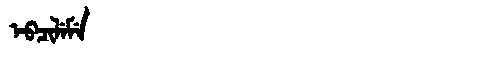
Manchu: ᡝᠪᠴᡳᠯᡝᠮᡝ
Romanization: EBCILEME